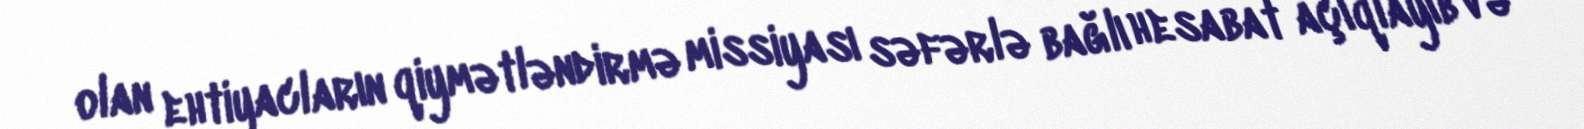
olan ehtiyacların qiymətləndirmə missiyası səfərlə bağlı hesabat açıqlayıb və